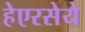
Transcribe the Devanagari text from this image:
हेएरसेये